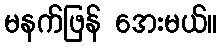
မနက်ဖြန် အေးမယ်။